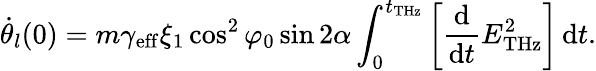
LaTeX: \dot{\theta}_{l}(0)=m\gamma_{\mathrm{eff}}\xi_{1}\cos^{2}\varphi_{0}\sin 2\alpha\int_{0}^{t_{\mathrm{THz}}}\left[\frac{\mathrm{d}}{\mathrm{d}t}E_{\mathrm{THz}}^{2}\right]\, \mathrm{d}t.